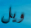
ويل